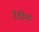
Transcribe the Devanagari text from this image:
रैडिश